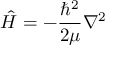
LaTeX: { \hat { H } } = - { \frac { \hbar ^ { 2 } } { 2 \mu } } \nabla ^ { 2 }